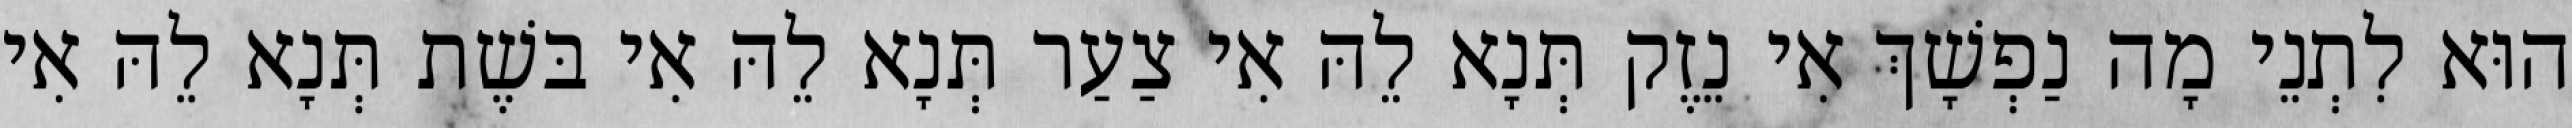
הוּא לִתְנֵי מָה נַפְשָׁךְ אִי נֵזֶק תְּנָא לֵהּ אִי צַעַר תְּנָא לֵהּ אִי בּשֶׁת תְּנָא לֵהּ אִי